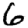
Digit: 6